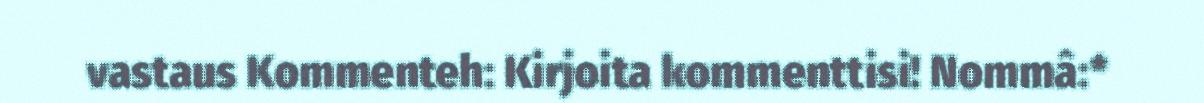
vastaus Kommenteh: Kirjoita kommenttisi! Nommâ:*